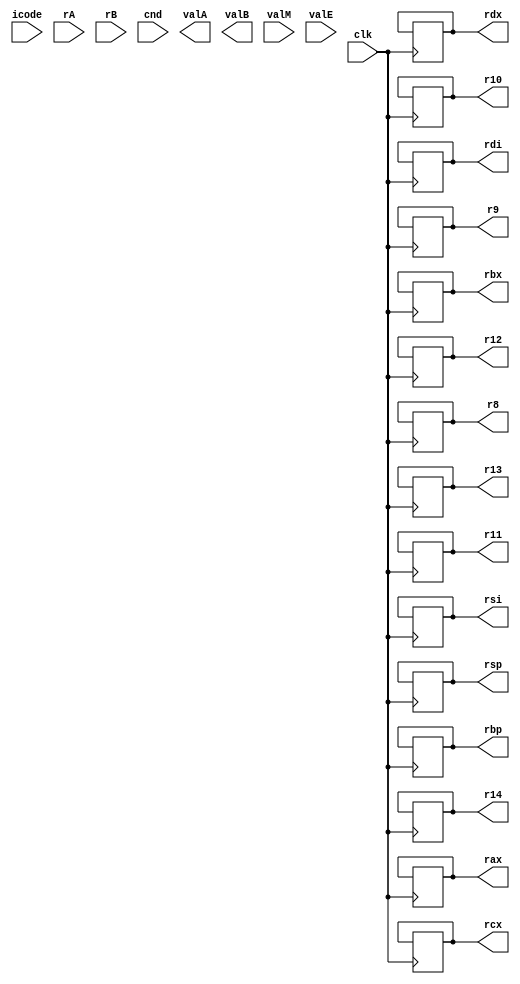
    `timescale 1ns/1ps

        module decode(clk,icode,rA,rB,cnd,valA,valB,valM,valE,rax,rcx,rdx,rbx,rsp,rbp,rsi,rdi,r8,r9,r10,r11,r12,r13,r14) ;

        input clk;
        input icode;
        input  rA;
        input rB;
        input [63:0] valM;
        input [63:0] valE;
        input cnd;

        output reg [63:0] valA;
        output reg [63:0] valB;

        output reg [63:0] rax;
        output reg [63:0] rcx;
        output reg [63:0] rdx;
        output reg [63:0] rbx;
        output reg [63:0] rsp;
        output reg [63:0] rbp;
        output reg [63:0] rsi;
        output reg [63:0] rdi;
        output reg [63:0] r8;
        output reg [63:0] r9;
        output reg [63:0] r10;
        output reg [63:0] r11;
        output reg [63:0] r12;
        output reg [63:0] r13;
        output reg [63:0] r14;

        reg [63:0] reg_mem[0:14];
        initial begin
            reg_mem[0] = 64'd0;
            reg_mem[1] = 64'd2;
            reg_mem[2] = 64'd4;
            reg_mem[3] = 64'd6;
            reg_mem[4] = 64'd8;
            reg_mem[5] = 64'd16;
            reg_mem[6] = 64'd32;
            reg_mem[7] = 64'd64;
            reg_mem[8] = 64'd128;
            reg_mem[9] = 64'd256;
            reg_mem[10] = 64'd512;
            reg_mem[11] = 64'd1024;
            reg_mem[12] = 64'd2048;
            reg_mem[13] = 64'd4096;
            reg_mem[14] = 64'd8192;
        end


        always@(*)

        begin

            case(icode)

            4'b0010 : begin
            //cmovxx
            valA=reg_mem[rA]; 

            end

            4'b0100 : begin
                //rmmovq
                valA=reg_mem[rA];
                valB=reg_mem[rB];
            end  

            4'b0101 : begin
                //mrmovq
                valB = reg_mem[rB];
            end

            4'b0110 : begin
                //OPq
                valA = reg_mem[rA];
                valB = reg_mem[rB];

            end

            4'b1000 : begin 
                //call
                valB=reg_mem[4];
            end 

            4'b1001 : begin
                //ret
                valA = reg_mem[4];
                valB = reg_mem[4];
            end

            4'b1010 : begin
                //pushq
                valA = reg_mem[rA];
                valB = reg_mem[4];
            end

            4'b1011 : begin 
                //popq
                valA = reg_mem[4];
                valB = reg_mem[4];
            end

            endcase 

            rax = reg_mem[0];
            rcx = reg_mem[1];
            rdx = reg_mem[2];
            rbx = reg_mem[3];
            rsp = reg_mem[4];
            rbp = reg_mem[5];
            rsi = reg_mem[6];
            rdi = reg_mem[7];
            r8 = reg_mem[8];
            r9 = reg_mem[9];
            r10 = reg_mem[10];
            r11 = reg_mem[11];
            r12 = reg_mem[12];
            r13 = reg_mem[13];
            r14 = reg_mem[14];
        end

        always@(negedge clk)

            begin

            case(icode)

                4'b0010 : begin
                    //cmovxx
                    if(cnd==1'b1)
                    begin
                        reg_mem[rB] = valE;
                    end
                end

                4'b0011 : begin
                    //irmovq
                    reg_mem[rB] = valE;
                end

            4'b0101 : begin
                //mrmovq
                reg_mem[rA] = valM;
            end

            4'b0110 : begin
                //OPq
                reg_mem[rB] = valE;
            end

            4'b1000 : begin
                //call
                reg_mem[4] = valE;
            end
            4'b1001 : begin 
                //ret
                reg_mem[4] = valE;
            end

            4'b1010 : begin 
                //pushq
                reg_mem[4] = valE;
            end

            4'b1011 : begin
                //popq
                reg_mem[4] = valE;
                reg_mem[rA] = valM;
            end
            endcase

            rax = reg_mem[0];
            rcx = reg_mem[1];
            rdx = reg_mem[2];
            rbx = reg_mem[3];
            rsp = reg_mem[4];
            rbp = reg_mem[5];
            rsi = reg_mem[6];
            rdi = reg_mem[7];
            r8 = reg_mem[8];
            r9 = reg_mem[9];
            r10 = reg_mem[10];
            r11 = reg_mem[11];
            r12 = reg_mem[12];
            r13 = reg_mem[13];
            r14 = reg_mem[14];

        end

        endmodule